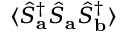
\langle \hat { S } _ { \mathbf { a } } ^ { \dagger } \hat { S } _ { \mathbf { a } } \hat { S } _ { \mathbf { b } } ^ { \dagger } \rangle